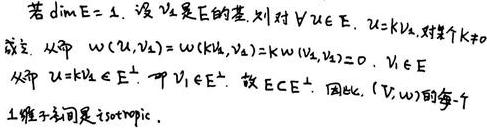
若$\dim E = 1$. 设$v_1$是$E$的基. 则对$\forall u\in E$, $u = kv_1$, 对某个$k \neq 0$成立. 从而$\omega(u,v_1)=\omega(kv_1,v_1)=k\omega(v_1,v_1)=0$, $\forall u \in E$. 从而$u = kv_1\in E^{\perp}$. 即$\forall v_1\in E^{\perp}$. 故$E\subset E^{\perp}$. 因此, $(V,\omega)$的每个$1$-维子空间是isotropic.